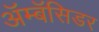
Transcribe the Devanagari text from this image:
अॅम्बॅसिडर